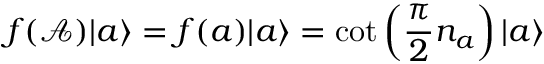
f ( \mathcal A ) { \left| { a } \right\rangle } = f ( a ) { \left| { a } \right\rangle } = \cot \left( \frac { \pi } { 2 } n _ { a } \right) { \left| { a } \right\rangle }